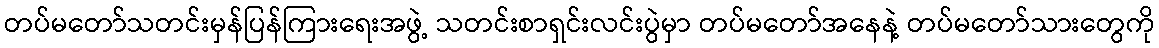
တပ်မတော်သတင်းမှန်ပြန်ကြားရေးအဖွဲ့ သတင်းစာရှင်းလင်းပွဲမှာ တပ်မတော်အနေနဲ့ တပ်မတော်သားတွေကို